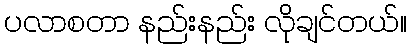
ပလာစတာ နည်းနည်း လိုချင်တယ်။